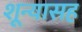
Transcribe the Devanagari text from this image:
शून्यासह